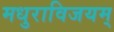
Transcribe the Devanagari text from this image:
मधुराविजयम्